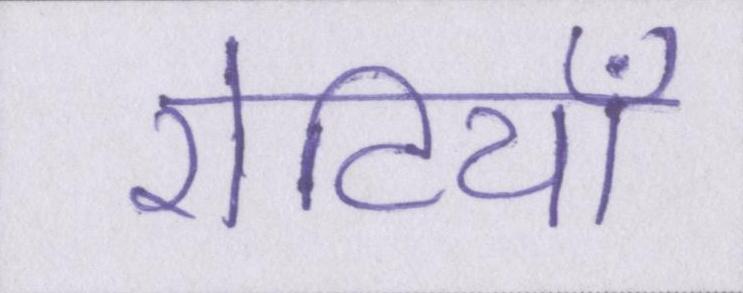
रोटियाँ